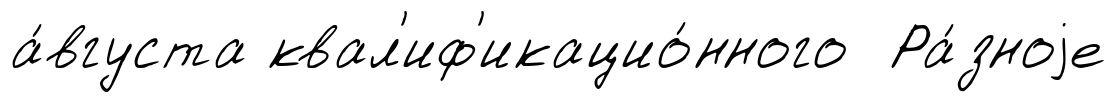
а́вгуста квал'иф'икацио́нного Ра́зноjе